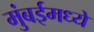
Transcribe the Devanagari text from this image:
मुंबईमध्यें